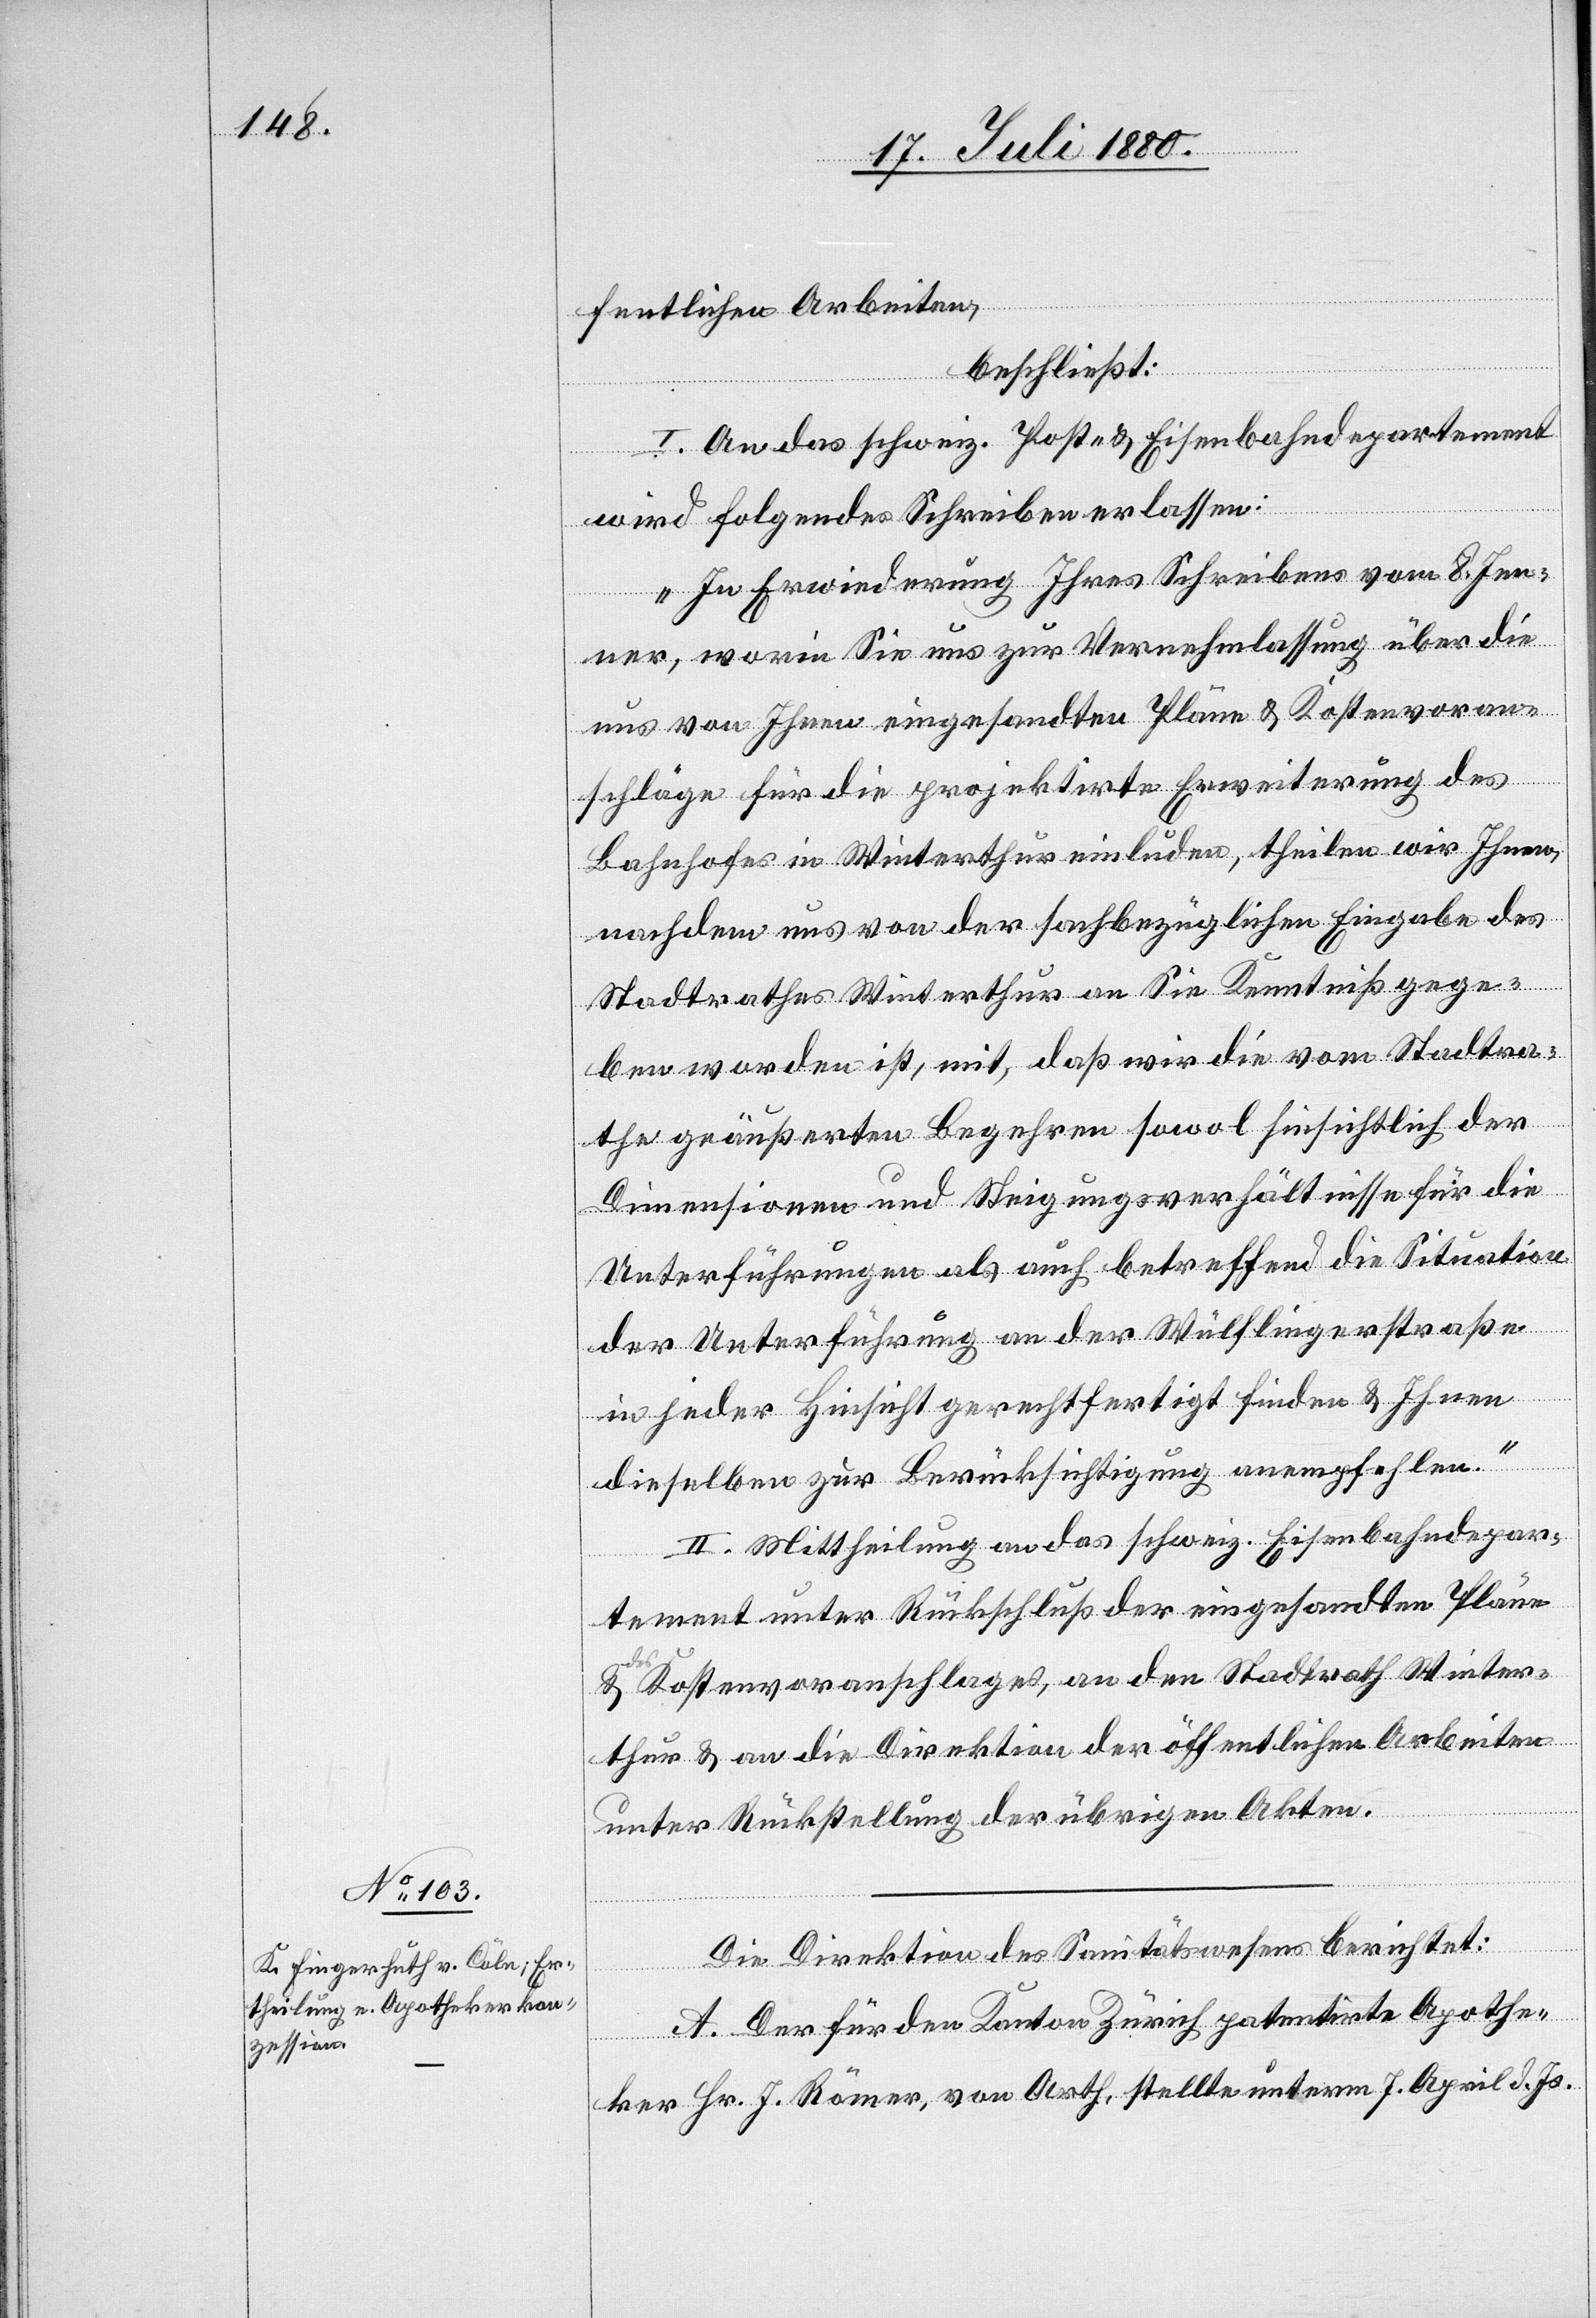
fentlichen Arbeiten,
beschließt:
I. An das schweiz. Post- & Eisenbahndepartement
wird folgendes Schreiben erlassen:
„In Erwiederung Ihres Schreibens vom 8. Jen¬
ner, worin Sie uns zur Vernehmlassung über die
uns von Ihnen eingesandten Pläne & Kostenvoran¬
schläge für die projektirte Erweiterung des
Bahnhofes in Winterthur einluden, theilen wir Ihnen,
nachdem uns von der sachbezüglichen Eingabe des
Stadtrathes Winterthur an Sie Kenntniß gege¬
ben worden ist, mit, daß wir die vom Stadtra¬
the geäußerten Begehren sowol hinsichtlich der
Dimensionen und Steigungsverhältnisse für die
Unterführungen als auch betreffend die Situation
der Unterführung an der Wülflingerstraße
in jeder Hinsicht gerechtfertigt finden & Ihnen
dieselben zur Berücksichtigung anempfehlen.“
II. Mittheilung an das schweiz. Eisenbahndepar¬
tement unter Rückschluß der eingesandten Pläne
s Kostenvoranschlages, an den Stadtrath Winter¬
thur & an die Direktion der öffentlichen Arbeiten
unter Rückstellung der übrigen Akten.
Die Direktion des Sanitätswesens berichtet:
A. Der für den Kanton Zürich patentirte Apothe¬
ker Hr. J. Römer, von Arth, stellte unterm 7. April d. Js.

&

de¬